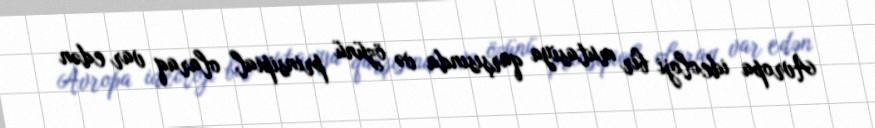
Avropa ideoloji bir mutasiya qarşısında və özünü prinsipial olaraq var edən